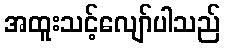
အထူးသင့်လျော်ပါသည်